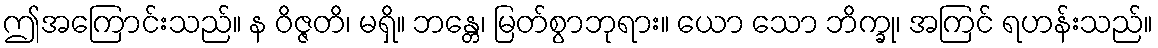
ဤအကြောင်းသည်။ န ဝိဇ္ဇတိ၊ မရှိ။ ဘန္တေ၊ မြတ်စွာဘုရား။ ယော သော ဘိက္ခု၊ အကြင် ရဟန်းသည်။